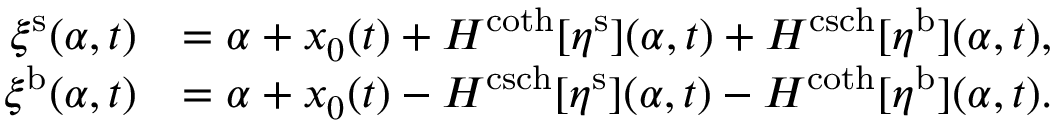
\begin{array} { r l } { \xi ^ { \mathrm { s } } ( \alpha , t ) } & { = \alpha + x _ { 0 } ( t ) + H ^ { \coth } [ \eta ^ { \mathrm { s } } ] ( \alpha , t ) + H ^ { \operatorname { c s c h } } [ \eta ^ { \mathrm { b } } ] ( \alpha , t ) , } \\ { \xi ^ { \mathrm { b } } ( \alpha , t ) } & { = \alpha + x _ { 0 } ( t ) - H ^ { \operatorname { c s c h } } [ \eta ^ { \mathrm { s } } ] ( \alpha , t ) - H ^ { \coth } [ \eta ^ { \mathrm { b } } ] ( \alpha , t ) . } \end{array}